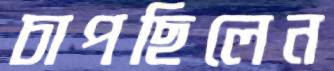
চাপছিলেন